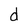
Character: d